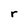
Character: r